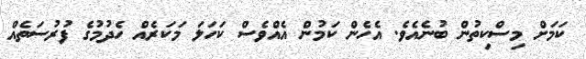
ކަމަށް މިސްކިތުން ބުނެއެވެ. އެހެން ކަމުން އެއްވެސް ކަހަލަ މަކަރެއް ހެދުމުގެ ފުރުސަތެއް